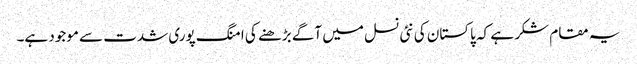
یہ مقام شکر ہے کہ پاکستان کی نئی نسل میں آگے بڑھنے کی امنگ پوری شدت سے موجود ہے۔